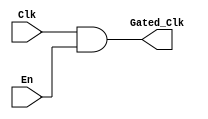
module ClockGating(
    input wire Clk,          // Main clock input
    input wire En,           // Enable signal
    output wire Gated_Clk    // Gated clock output
);
    // Clock gating logic
    assign Gated_Clk = Clk & En; // Gated clock is the main clock ANDed with enable signal
endmodule